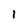
Character: l